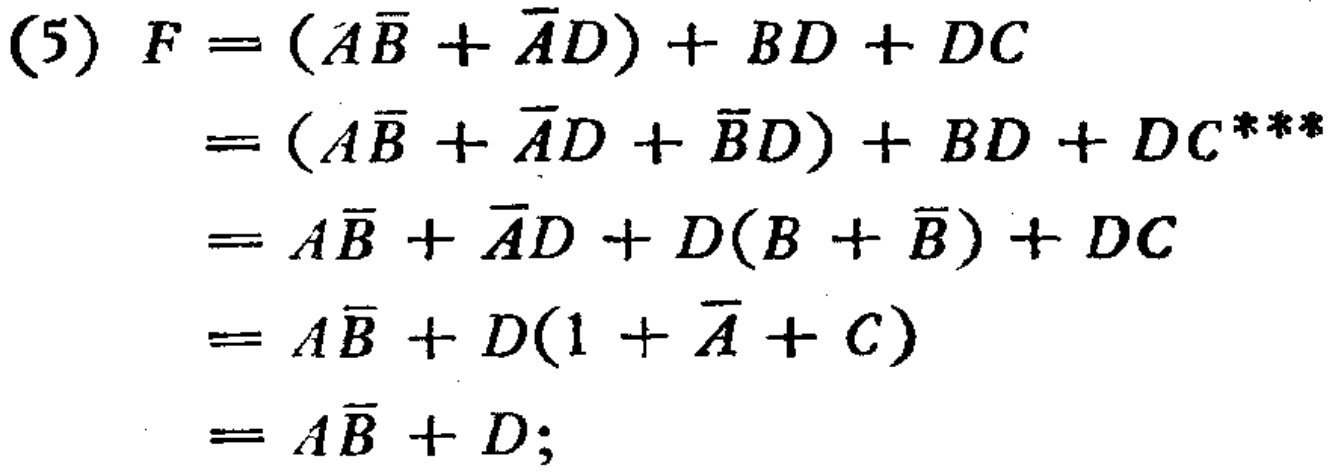
\begin{align*}

(5) F&= (A\overline{B}+\overline{A}D)+BD + DC\\

&=(A\overline{B}+\overline{A}D+\overline{B}D)+BD + DC^{***}\\

&=A\overline{B}+\overline{A}D+D(B+\overline{B})+DC\\

&=A\overline{B}+D(1+\overline{A}+C)\\

&=A\overline{B}+D;

\end{align*}